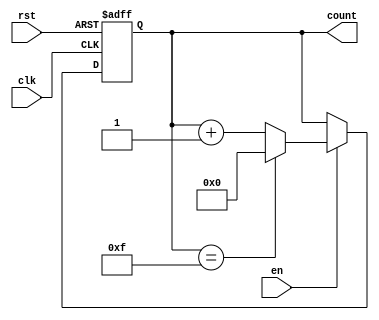
module memory_blocks_up_counter #(
    parameter INITIAL_VALUE = 4'd0,  // Initial value of the counter
    parameter MAX_VALUE = 4'd15       // Maximum value of the counter
)(
    input wire clk,                   // Clock signal
    input wire rst,                   // Asynchronous reset signal
    input wire en,                    // Enable signal
    output reg [3:0] count            // 4-bit counter output
);

    // Asynchronous reset logic
    always @(posedge clk or posedge rst) begin
        if (rst) begin
            count <= INITIAL_VALUE;   // Reset to initial value
        end else if (en) begin
            if (count == MAX_VALUE) begin
                count <= INITIAL_VALUE; // Wrap around to initial value
            end else begin
                count <= count + 1;     // Increment the counter
            end
        end
    end

endmodule